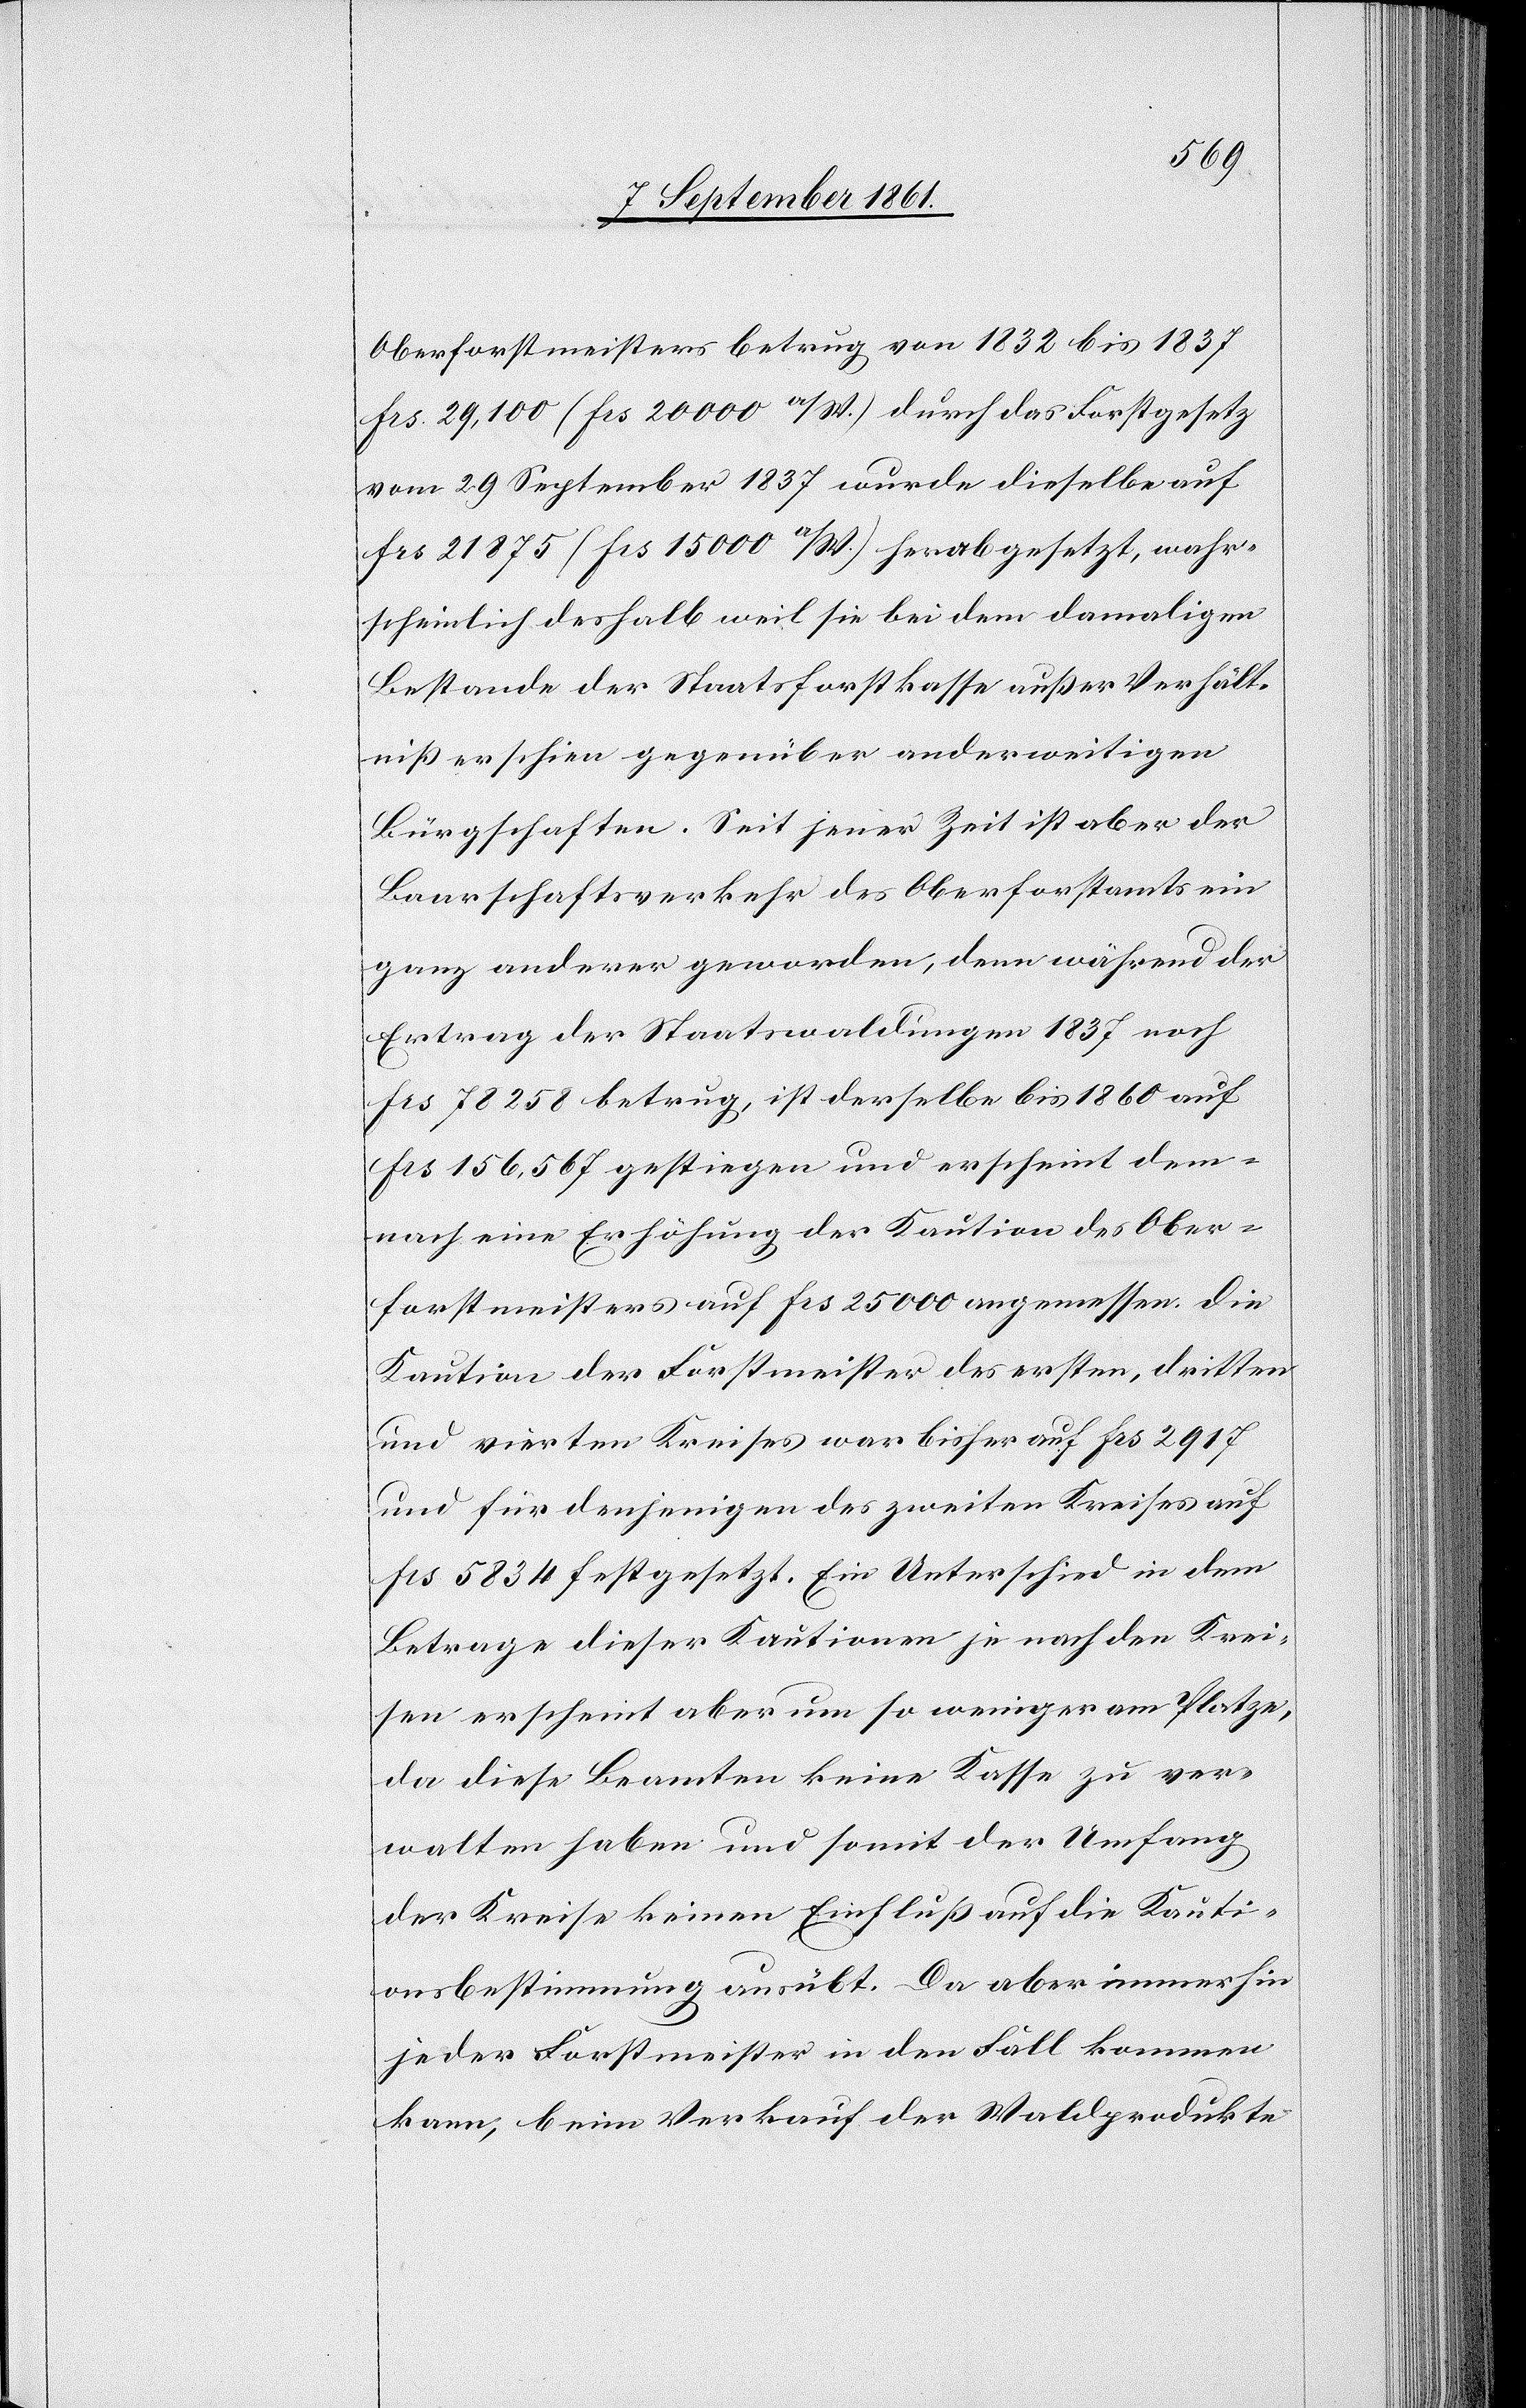
Oberforstmeisters betrug von 1832 bis 1837
frs 29,100 (frs 20000 a/W.) durch das Forstgesetz
vom 29 September 1837 wurde dieselbe auf
frs 21875 (frs 15000 a/W) herabgesetzt, wahr¬
scheinlich deshalb weil sie bei dem damaligen
Bestande der Staatsforstkasse außer Verhält¬
niß erschien gegenüber anderweitigen
Bürgschaften. Seit jener Zeit ist aber der
Baarschaftsverkehr des Oberforstamts ein
ganz anderer geworden, denn während der
Ertrag der Staatswaldungen 1837 noch
frs 78258 betrug, ist derselbe bis 1860 auf
frs 156,567 gestiegen und erscheint dem¬
nach eine Erhöhung der Kaution des Ober¬
forstmeisters auf frs 25000 angemessen. Die
Kaution der Forstmeister des ersten, dritten
und vierten Kreises war bisher auf frs 2917
und für denjenigen des zweiten Kreises auf
frs 5834 festgesetzt. Ein Unterschied in dem
Betrage dieser Kautionen je nach den Krei¬
sen erscheint aber um so weniger am Platze,
da diese Beamten keine Kasse zu ver¬
walten haben und somit der Umfang
der Kreise keinen Einfluß auf die Kauti¬
onsbestimmung ausübt. Da aber immerhin
jeder Forstmeister in den Fall kommen
kann, beim Verkauf der Waldprodukte